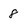
Character: 8